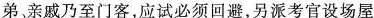
弟亲戚乃至门客，应试必须回避，另派考官设场屋